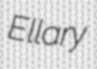
Ellary